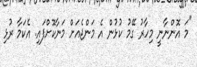
"މަ އޮންނާނީ މިހާރު ގޭމު ކުޅުން އެ މަންޖެއަށް މަނާކޮށްފައި. އެކަމާ ރުޅި